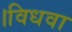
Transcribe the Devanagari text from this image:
।विधवा